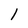
Character: 1